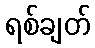
ရစ်ချတ်